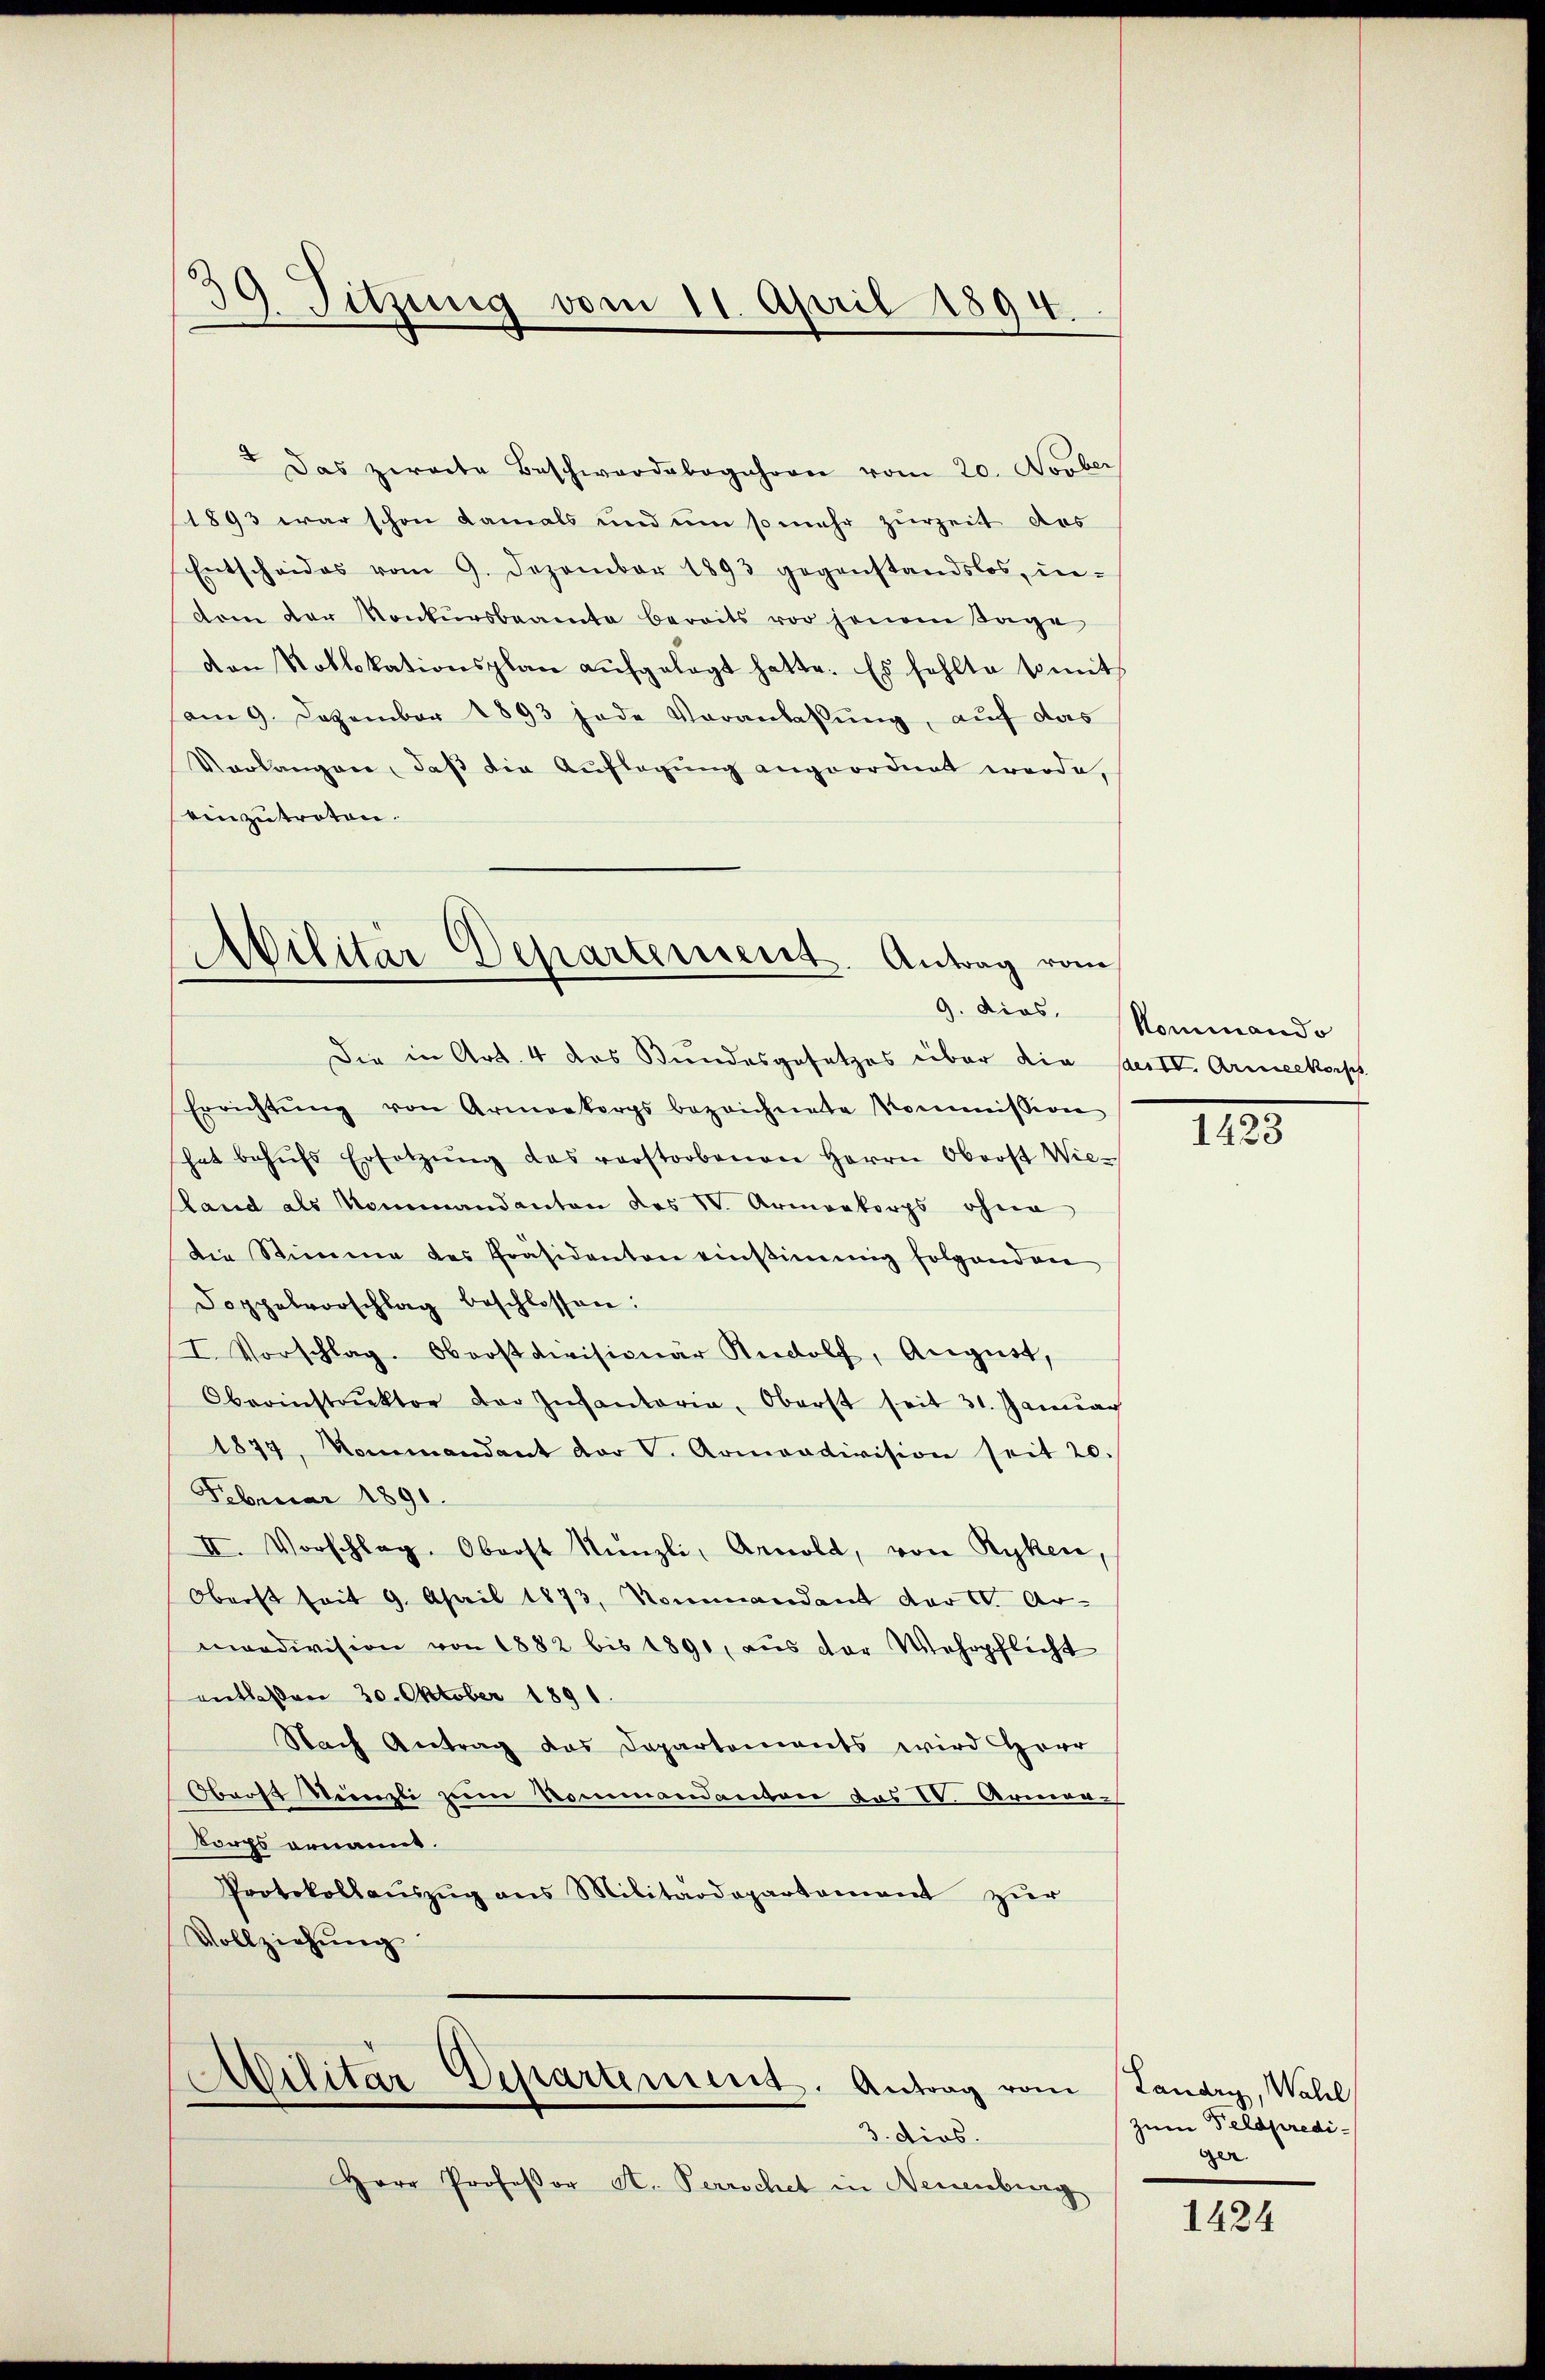
5
39. Sitzung vom 11. April 1894.

Das zweite Beschwerdebegehren vom 20. Novber
1893 war schon damals und um so mehr zurzeit des
Entscheides vom 9. Dezember 1893 gegenstandslos, in-
dom der Konkursbeamte bereits vor jenem Tage
den Notlokationsplan aŭfgelegt hatte. Es fehlte somit
am 9. Dezember 1893 jede Veranlassŭng, auf das
Verlangen, daß die Auflegung angeordnet werde,
einzutreten.
Die in Art. 4 das Bundesgesetzes über die Saest. Armeekorp
Errichtŭng von Armeekorps bezeichnete Kommission
hat behŭfs Ersetzŭng das verstorbenen Herrn Oberst Wie-
Land als Nommandanton des V. Armenkorps ohne
die Stimme des Präsidenten einstimmig folgenden
Doppelvorschlag beschlossen:
I. Vorschlag. Oberstdivisionär Rudolf, August,
Oberinstrŭktor der Insantaria, Oberst seit 31. Januar
1877, Kommandant der V. Armoadivision seit 20.
Februar 1891.
II. Vorschlag, Oberst Künzli, Arnold, von Ryken,
Oberst soit 9. April 1873, Nommandant der C. Ar-
mardivision von 1882 bis 1890, aŭs der Wehrpflicht
entlaßen 30. Oktober 1891.
Nach Antrag das Departements wird Herr
Obrost Denzli zum Kommandanton des C. Armen-
Korps genannt.
Protokollaŭszŭg ans Militärdepartement zŭr
Vollziehung

Militär Departement. Antrag vom
9. dies.

ilitar Departement. Antrag vom Landry, Wahl
3. dios.

Herr Professor St. Perrochet in Neuenburg

Kommando

1423

zum Feldpredi-
ger.

1424